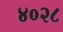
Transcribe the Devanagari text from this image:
४०२८